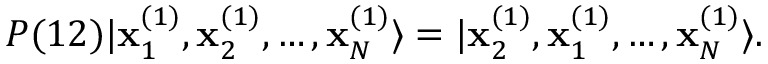
{ \cal P } ( 1 2 ) | \mathbf { x } _ { 1 } ^ { ( 1 ) } , \mathbf { x } _ { 2 } ^ { ( 1 ) } , \ldots , \mathbf { x } _ { N } ^ { ( 1 ) } \rangle = | \mathbf { x } _ { 2 } ^ { ( 1 ) } , \mathbf { x } _ { 1 } ^ { ( 1 ) } , \ldots , \mathbf { x } _ { N } ^ { ( 1 ) } \rangle .